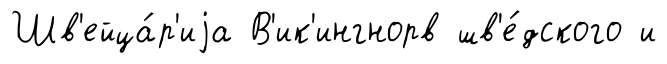
Шв'ейца́р'иjа В'ик'ингнорв шв'е́дского и